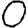
Digit: 0